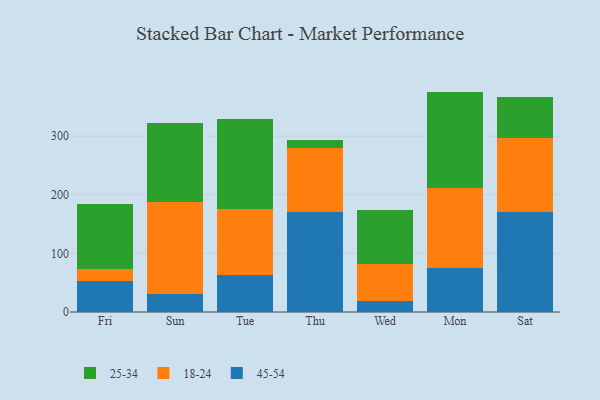
{"axis": {"x": "Day", "y": "Tickets Resolved"}, "legend": ["18-24", "25-34", "45-54"], "data": [{"x": "Fri", "y": 52.9, "type": "45-54"}, {"x": "Fri", "y": 20.2, "type": "18-24"}, {"x": "Fri", "y": 110.9, "type": "25-34"}, {"x": "Sun", "y": 30.2, "type": "45-54"}, {"x": "Sun", "y": 158.2, "type": "18-24"}, {"x": "Sun", "y": 133.1, "type": "25-34"}, {"x": "Tue", "y": 63.0, "type": "45-54"}, {"x": "Tue", "y": 113.3, "type": "18-24"}, {"x": "Tue", "y": 153.0, "type": "25-34"}, {"x": "Thu", "y": 171.1, "type": "45-54"}, {"x": "Thu", "y": 108.4, "type": "18-24"}, {"x": "Thu", "y": 14.6, "type": "25-34"}, {"x": "Wed", "y": 18.8, "type": "45-54"}, {"x": "Wed", "y": 62.5, "type": "18-24"}, {"x": "Wed", "y": 93.1, "type": "25-34"}, {"x": "Mon", "y": 75.0, "type": "45-54"}, {"x": "Mon", "y": 136.3, "type": "18-24"}, {"x": "Mon", "y": 164.5, "type": "25-34"}, {"x": "Sat", "y": 171.3, "type": "45-54"}, {"x": "Sat", "y": 125.2, "type": "18-24"}, {"x": "Sat", "y": 70.6, "type": "25-34"}]}